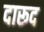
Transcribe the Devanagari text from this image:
दारूद